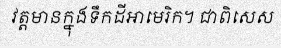
វត្តមានក្នុងទឹកដីអាមេរិក។ ជាពិសេស